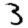
Digit: 3